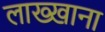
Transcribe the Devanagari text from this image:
लाख्खाना